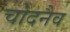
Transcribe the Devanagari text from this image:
चोदनैव